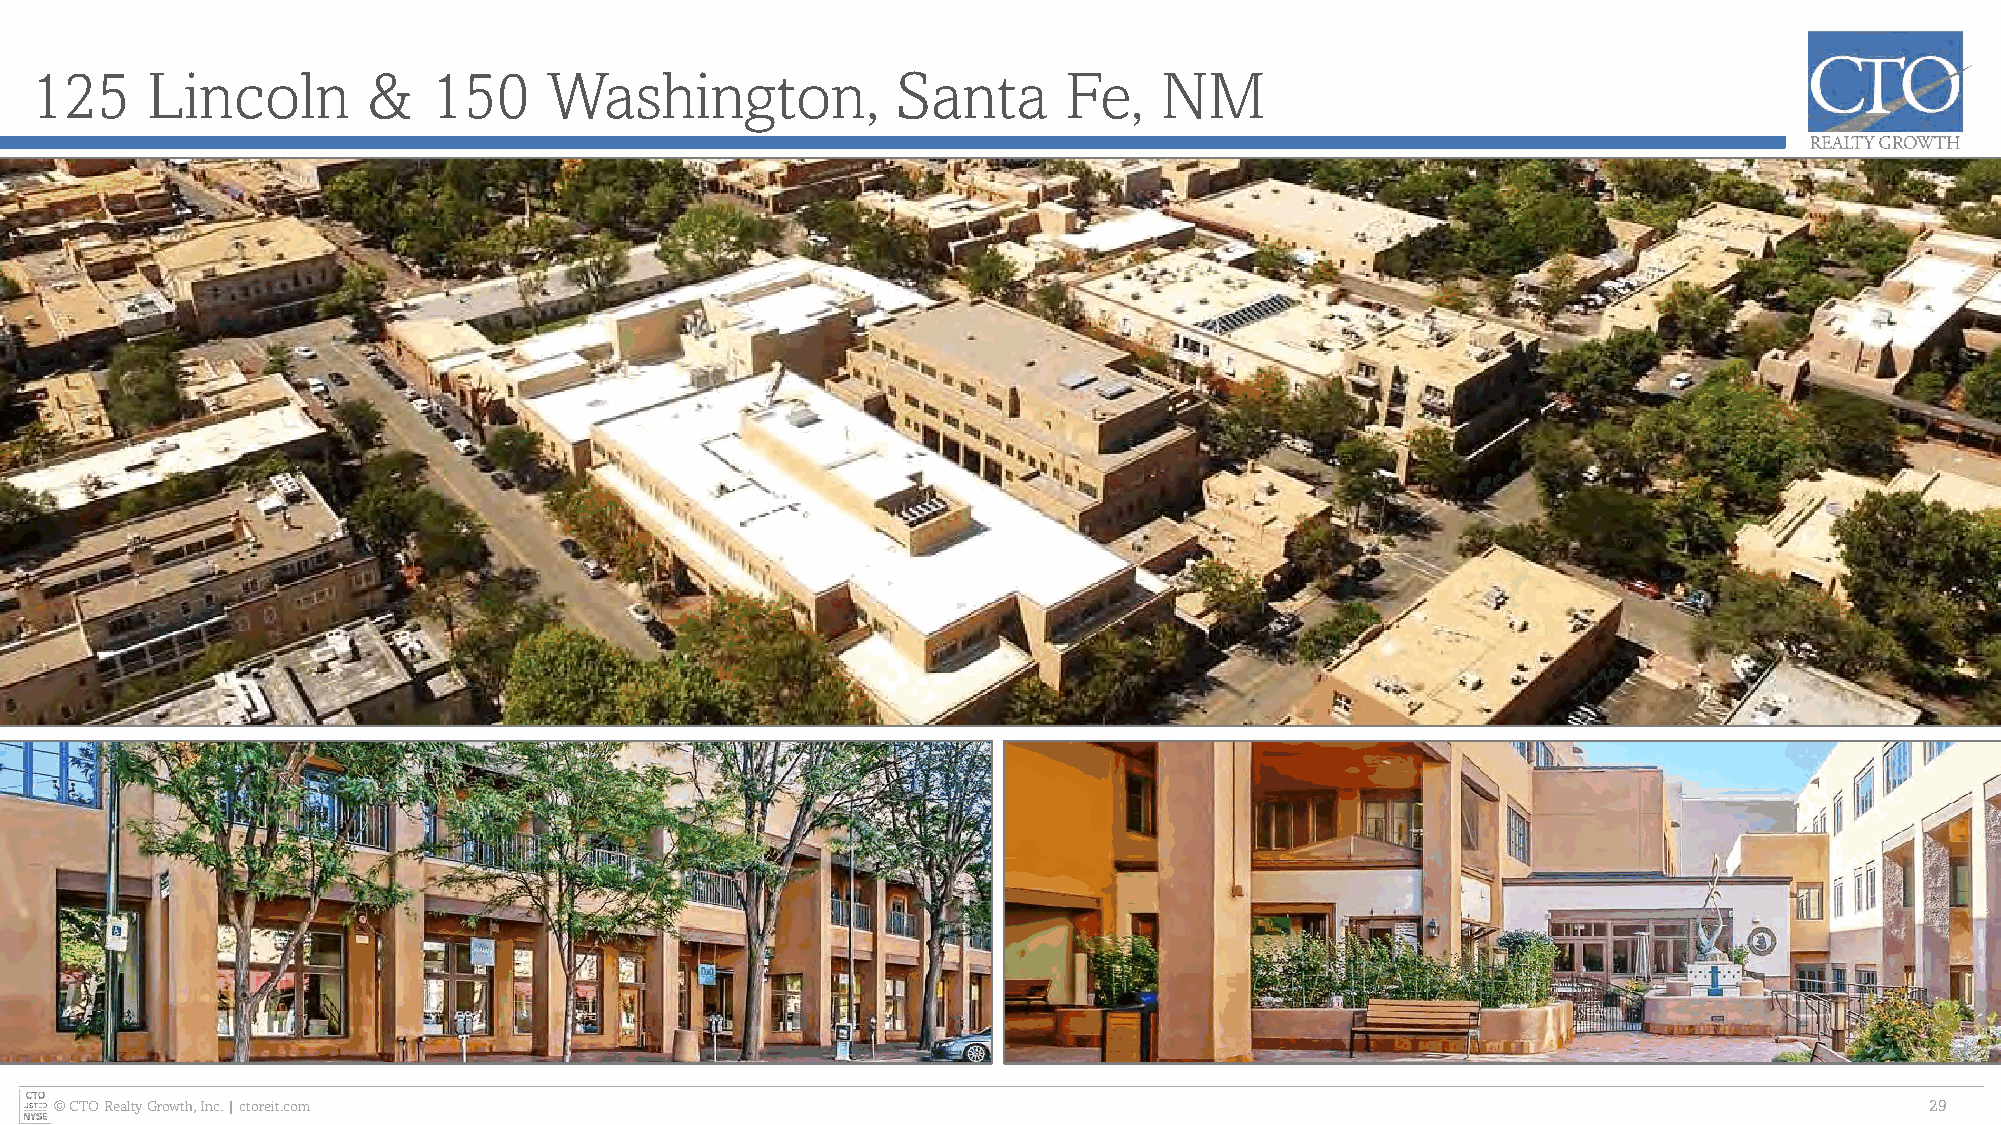
125     Lincoln       &   150     Washington,            Santa      Fe,    NM
 © CTO Realty Growth, Inc. | ctoreit.com                                                                                     29